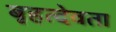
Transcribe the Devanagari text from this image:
बृहत्देवता